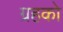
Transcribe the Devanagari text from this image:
ग्रहको